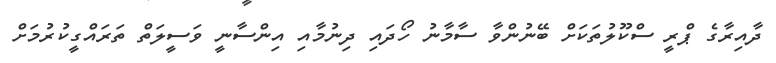
ދާއިރާގެ ޕްރީ ސްކޫލުތަކަށް ބޭނުންވާ ސާމާނު ހޯދައި ދިނުމާއި އިންސާނީ ވަސީލަތް ތަރައްގީކުރުމަށް